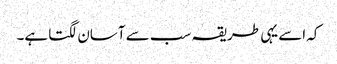
کہ اسے یہی طریقہ سب سے آسان لگتا ہے۔